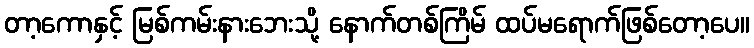
တာ့ကောနှင့် မြစ်ကမ်းနားဘေးသို့ နောက်တစ်ကြိမ် ထပ်မရောက်ဖြစ်တော့ပေ။